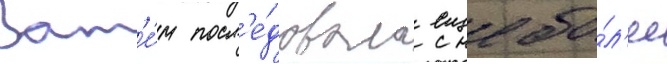
Зат'е́м посл'е́довала еще бо́л'ее